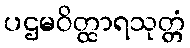
ပဌမဝိတ္ထာရသုတ္တံ